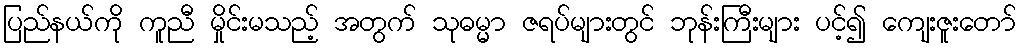
ပြည်နယ်ကို ကူညီ မှိုင်းမသည့် အတွက် သုဓမ္မာ ဇရပ်များတွင် ဘုန်းကြီးများ ပင့်၍ ကျေးဇူးတော်